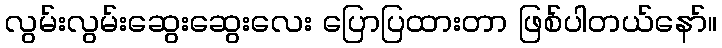
လွမ်းလွမ်းဆွေးဆွေးလေး ပြောပြထားတာ ဖြစ်ပါတယ်နော်။